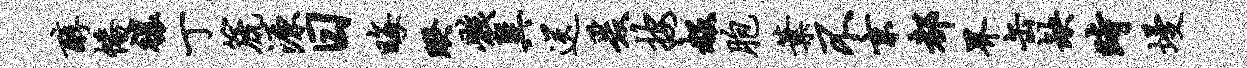
醇幡禳丁篪源日晦睽骸巽送爰按赧胞叶不京都界缶缺时墁